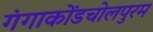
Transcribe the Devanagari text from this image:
गंगाकोंडचोलपुरम